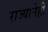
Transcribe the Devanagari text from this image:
राज्यानेही